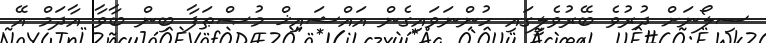
ސިލޯނަށް ދުރުވެ ބޭރުވެލީގައި ހުންނަވައިގެން އައްޝައިޚް މުޞްޠަފާ ބިން ބާވާ އާދަމް އޭ